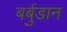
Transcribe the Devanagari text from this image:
बर्बुडान